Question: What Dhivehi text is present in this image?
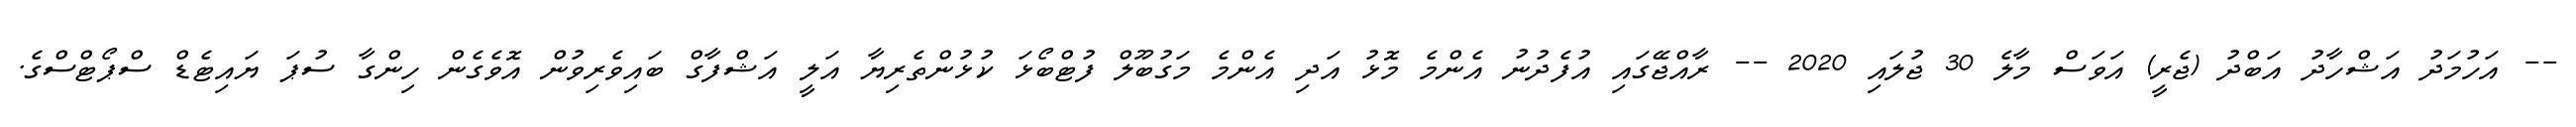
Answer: -- އަހުމަދު އަޝްހާދު އަބްދު (ޖެރީ) އަވަސް މާލެ 30 ޖުލައި 2020 -- ރާއްޖޭގައި އުފެދުނު އެންމެ މޮޅު އަދި އެންމެ މަގުބޫލް ފުޓްބޯޅަ ކުޅުންތެރިޔާ އަލީ އަޝްފާގް ބައިވެރިވުން އޮވެގެން ހިންގާ ސުޕަ ޔައިޓެޑް ސްޕޯޓްސްގެ.